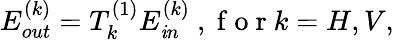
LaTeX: E_{out}^{(k)}=T_{k}^{(1)}E_{\mathit{i}n}^{(k)}\mathrm{{~,~f~o~r~}}k=H,V,